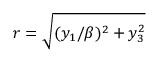
r = \sqrt { ( y _ { 1 } / \beta ) ^ { 2 } + y _ { 3 } ^ { 2 } }